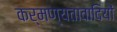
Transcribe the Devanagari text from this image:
कर्मण्यतावादियों